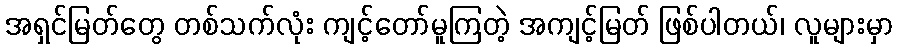
အရှင်မြတ်တွေ တစ်သက်လုံး ကျင့်တော်မူကြတဲ့ အကျင့်မြတ် ဖြစ်ပါတယ်၊ လူများမှာ